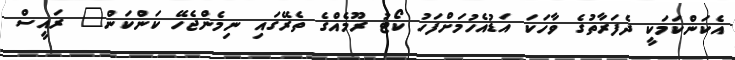
އެކަންކަމަކީ ދެފަރާތުގެ ވާހަކަ އަޑުއެހުމަށްފަހު ކޯޓު ރޫމެއްގެ ތެރޭގައި ނިމެންޖެހޭ ކަންކަން" ރައީސް